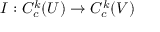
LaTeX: I : C _ { c } ^ { k } ( U ) \to C _ { c } ^ { k } ( V )